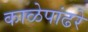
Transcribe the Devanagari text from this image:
काळेपांढरे